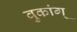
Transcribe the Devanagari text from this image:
वुकांग्